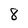
Character: 8